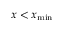
x < x _ { \mathrm { m i n } }